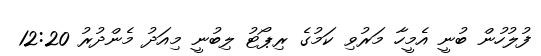
ފުލުހުން ބުނީ އެމީހާ މަރުވި ކަމުގެ ރިޕޯޓު ލިބުނީ މިއަދު މެންދުރު 12:20